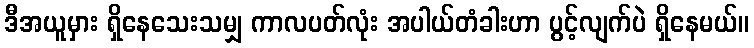
ဒီအယူမှား ရှိနေသေးသမျှ ကာလပတ်လုံး အပါယ်တံခါးဟာ ပွင့်လျက်ပဲ ရှိနေမယ်။